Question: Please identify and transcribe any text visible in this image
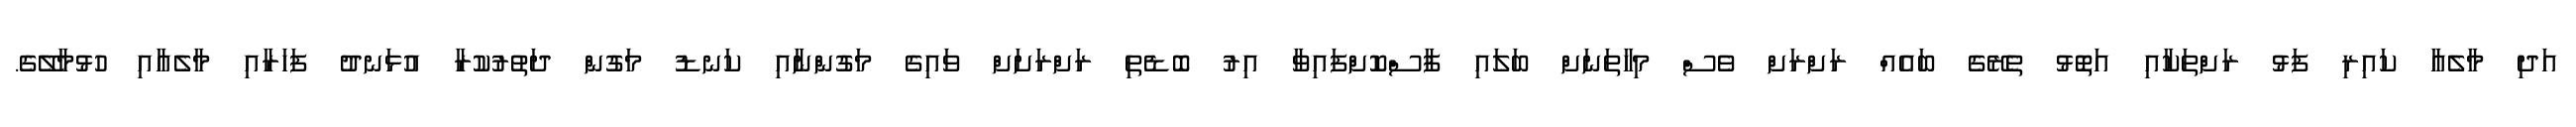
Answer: އަދި މާލެއާ ކައިރި ފަޅު ރަށްތަކާއި އަތޮޅު ތެރޭގެ ބައެއް ރަށްރަށް ވެސް މިހާތަނަށް ބަލައި ފާސްކޮށްފައިވާ އިރު ބޮޑެތި ރަށްރަށަށް ވައިގެ މަގުންނާއި ކަނޑު މަގުން ދަތުރުކުރާ އުޅަނދު ފަހަރާއި މާލެއާއި ހުޅުމާލޭގެ.